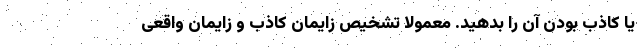
یا کاذب بودن آن را بدهید. معمولا تشخیص زایمان کاذب و زایمان واقعی